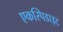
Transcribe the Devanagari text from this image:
एकस्पिडाइट